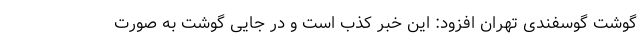
گوشت گوسفندی تهران افزود: این خبر کذب است و در جایی گوشت به صورت